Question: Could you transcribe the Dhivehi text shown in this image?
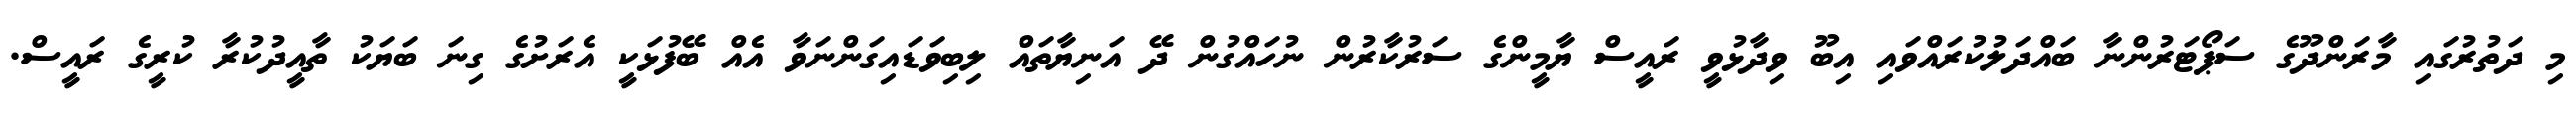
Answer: މި ދަތުރުގައި މާރަންދޫގެ ސަޕޯޓަރުންނާ ބައްދަލުކުރައްވައި އިބޫ ވިދާޅުވީ ރައީސް ޔާމީންގެ ސަރުކާރުން ނުހައްގުން ދޭ އަނިޔާތައް ލިބިވަޑައިގަންނަވާ އެއް ބޭފުޅަކީ އެރަށުގެ ގިނަ ބަޔަކު ތާއީދުކުރާ ކުރީގެ ރައީސް.